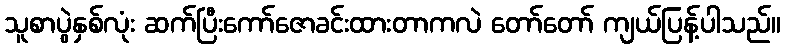
သူစာပွဲနှစ်လုံး ဆက်ပြီးကော်ဇောခင်းထားတာကလဲ တော်တော် ကျယ်ပြန့်ပါသည်။